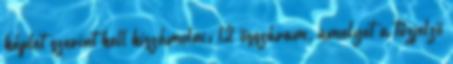
képlet szerint kell kiszámolni: l2 összáram, amelyet a tûzjelzõ